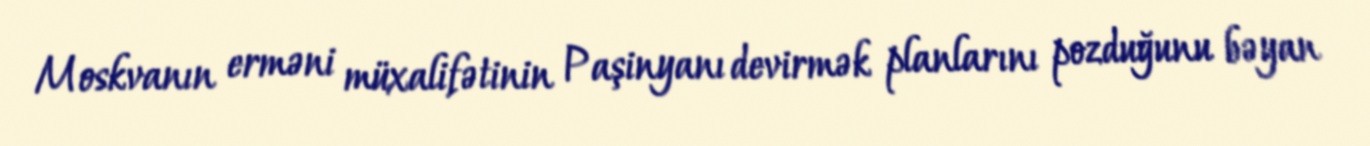
Moskvanın erməni müxalifətinin Paşinyanı devirmək planlarını pozduğunu bəyan